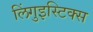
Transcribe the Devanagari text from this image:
लिंगुइस्टिक्स